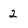
Character: 2